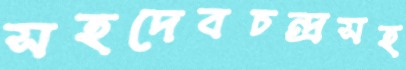
সহদেবচন্দ্রসহ